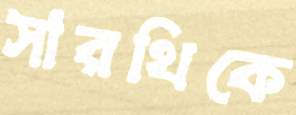
সারথিকে